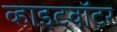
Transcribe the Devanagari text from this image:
व्हाइटवॉटर